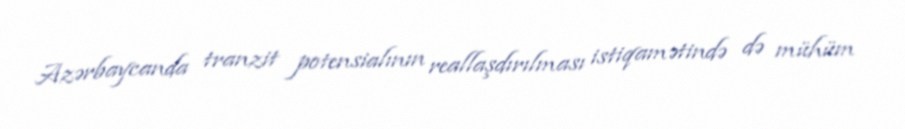
Azərbaycanda tranzit potensialının reallaşdırılması istiqamətində də mühüm